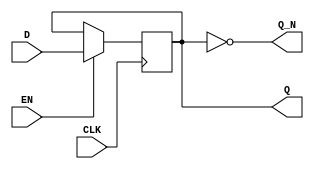
module EdgeTriggeredGatedLatch (
    input wire D,       // Data input
    input wire EN,      // Enable signal
    input wire CLK,     // Clock signal
    output reg Q,       // Latch output
    output wire Q_N     // Complement of output Q
);

// Complement of output Q
assign Q_N = ~Q;

// Edge-triggered behavior
always @(posedge CLK) begin
    if (EN) begin
        Q <= D; // Latch the input data when EN is high
    end
    // If EN is low, Q retains its previous value
end

endmodule